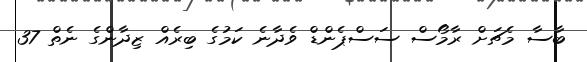
ބާސާ މެޗަށް ރާމޯސް ސަސްޕެންޑް ވެދާނެ ކަމުގެ ބިރެއް ޒިދާންގެ ނެތް 37